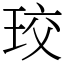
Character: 珓